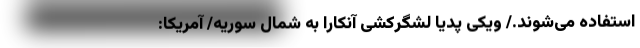
استفاده می‌شوند./ ویکی پدیا لشگرکشی آنکارا به شمال سوریه/ آمریکا: